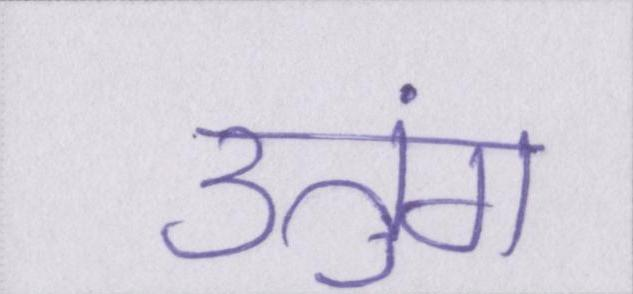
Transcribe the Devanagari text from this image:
उतुंग